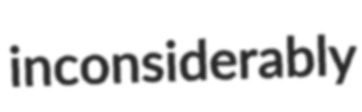
inconsiderably